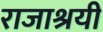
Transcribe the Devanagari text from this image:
राजाश्रयी